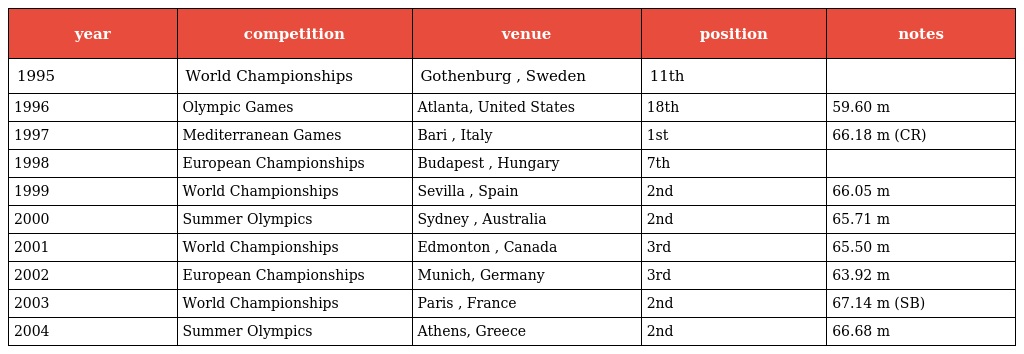
| year | competition | venue | position | notes |
 | --- | --- | --- | --- | --- |
 | 1995 | World Championships | Gothenburg , Sweden | 11th |  |
 | 1996 | Olympic Games | Atlanta, United States | 18th | 59.60 m |
 | 1997 | Mediterranean Games | Bari , Italy | 1st | 66.18 m (CR) |
 | 1998 | European Championships | Budapest , Hungary | 7th |  |
 | 1999 | World Championships | Sevilla , Spain | 2nd | 66.05 m |
 | 2000 | Summer Olympics | Sydney , Australia | 2nd | 65.71 m |
 | 2001 | World Championships | Edmonton , Canada | 3rd | 65.50 m |
 | 2002 | European Championships | Munich, Germany | 3rd | 63.92 m |
 | 2003 | World Championships | Paris , France | 2nd | 67.14 m (SB) |
 | 2004 | Summer Olympics | Athens, Greece | 2nd | 66.68 m |